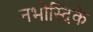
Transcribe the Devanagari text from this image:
नभोस्दिके